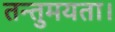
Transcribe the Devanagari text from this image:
तन्तुमयता।